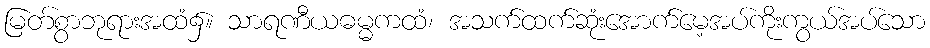
မြတ်စွာဘုရားအထံ၌။ သာရဏီယဓမ္မကထံ၊ အသက်ထက်ဆုံးအောက်မေ့အပ်ကိုးကွယ်အပ်သော